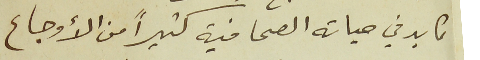
كابد في حياته الصحافية كثيراً من الأوجاع